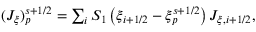
\begin{array} { r } { ( J _ { \xi } ) _ { p } ^ { s + 1 / 2 } = \sum _ { i } S _ { 1 } \left( \xi _ { i + 1 / 2 } - \xi _ { p } ^ { s + 1 / 2 } \right) J _ { \xi , i + 1 / 2 } , } \end{array}